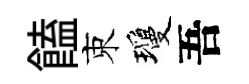
饁束瓊吾